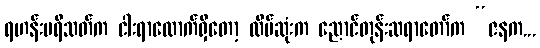
ရဟန်းပရိသတ်က ငါးရာလောက်ရှိတော့ ထိပ်ဆုံးက ညောင်တုန်းဆရာတော်က “ဇနက...